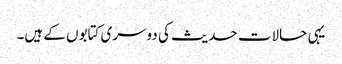
یہی حالات حدیث کی دوسری کتابوں کے ہیں۔